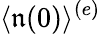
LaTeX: \langle\mathfrak{n}(0)\rangle^{(e)}